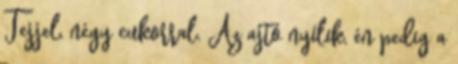
Tejjel, négy cukorral. Az ajtó nyílik, én pedig a